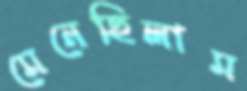
মেনেছিলাম